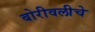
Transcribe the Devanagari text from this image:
बोरीवलीचे